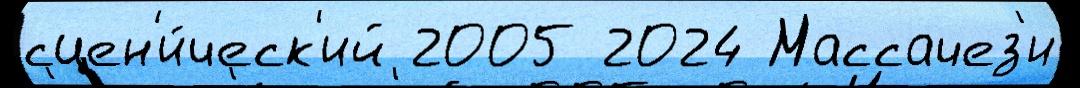
сцен'и́ческ'ий 2005 2024 Массачез'и